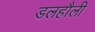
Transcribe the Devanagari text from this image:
डलहौली